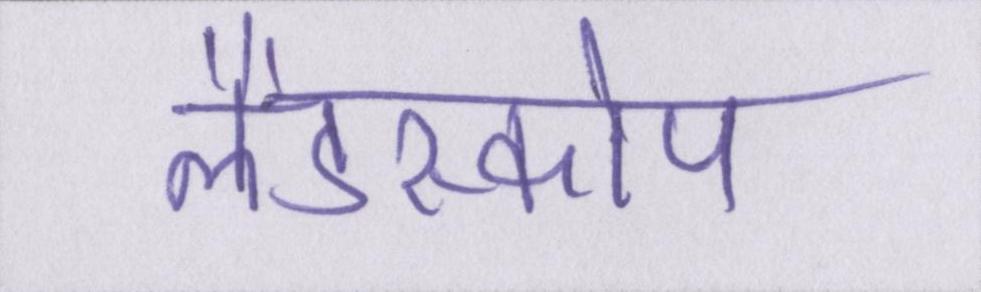
लैंडस्कोप